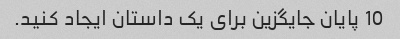
10 پایان جایگزین برای یک داستان ایجاد کنید.